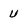
Character: U